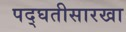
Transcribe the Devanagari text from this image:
पद्घतीसारखा